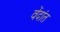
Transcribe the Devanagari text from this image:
वेंदांत